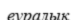
еуралық